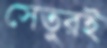
সেতুরই